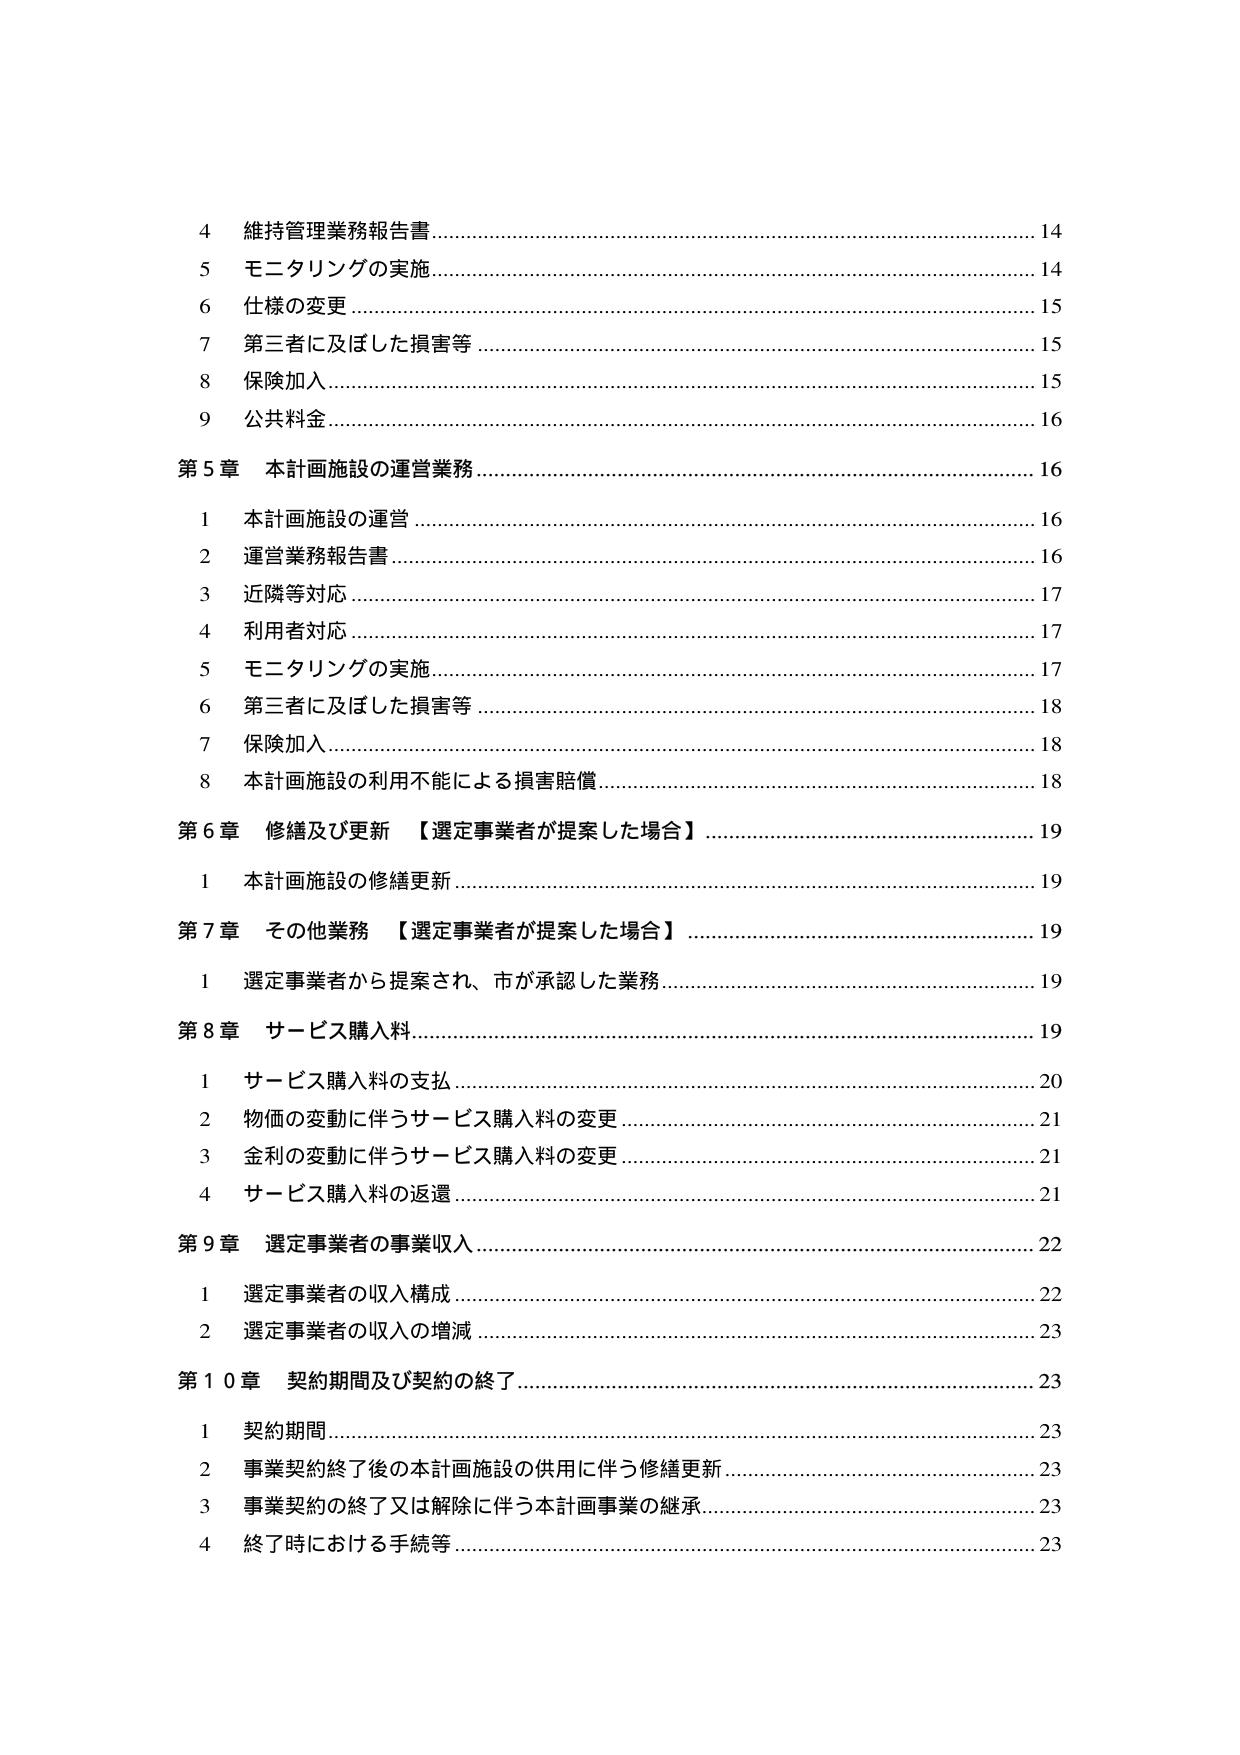
4 維持管理業務報告書………………………………………………………………………14
5 モニタリングの実施………………………………………………………………………14
6 仕様の変更…………………………………………………………………………………15
7 第三者に及ぼした損害等…………………………………………………………………15
8 保険加入……………………………………………………………………………………15
9 公共料金……………………………………………………………………………………16

第5章 本計画施設の運営業務……………………………………………………………16
　1 本計画施設の運営………………………………………………………………………16
　2 運営業務報告書…………………………………………………………………………16
　3 近隣等対応………………………………………………………………………………17
　4 利用者対応………………………………………………………………………………17
　5 モニタリングの実施……………………………………………………………………17
　6 第三者に及ぼした損害等………………………………………………………………18
　7 保険加入…………………………………………………………………………………18
　8 本計画施設の利用不能による損害賠償………………………………………………18

第6章 修繕及び更新 【選定事業者が提案した場合】…………………………………19
　1 本計画施設の修繕更新…………………………………………………………………19

第7章 その他業務 【選定事業者が提案した場合】……………………………………19
　1 選定事業者から提案され、市が承認した業務………………………………………19

第8章 サービス購入料……………………………………………………………………19
　1 サービス購入料の支払…………………………………………………………………20
　2 物価の変動に伴うサービス購入料の変更……………………………………………21
　3 金利の変動に伴うサービス購入料の変更……………………………………………21
　4 サービス購入料の返還…………………………………………………………………21

第9章 選定事業者の事業収入……………………………………………………………22
　1 選定事業者の収入構成…………………………………………………………………22
　2 選定事業者の収入の増減………………………………………………………………23

第10章 契約期間及び契約の終了…………………………………………………………23
　1 契約期間…………………………………………………………………………………23
　2 事業契約終了後の本計画施設の供用に伴う修繕更新………………………………23
　3 事業契約の終了又は解除に伴う本計画事業の継承…………………………………23
　4 終了時における手続等…………………………………………………………………23